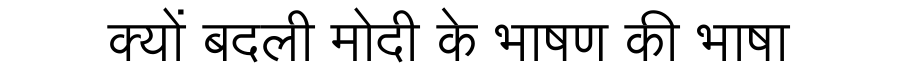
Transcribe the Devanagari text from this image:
क्यों बदली मोदी के भाषण की भाषा